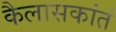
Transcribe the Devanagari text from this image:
कैलासकांतं